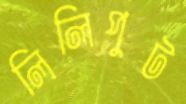
লিলিপুট